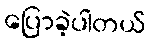
ပြောခဲ့ပါတယ်